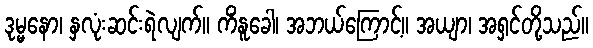
ဒုမ္မနော၊ နှလုံးဆင်းရဲလျက်။ ကိံနူခေါ၊ အဘယ်ကြောင့်။ အယျာ၊ အရှင်တို့သည်။